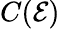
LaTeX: C(\mathcal{E})